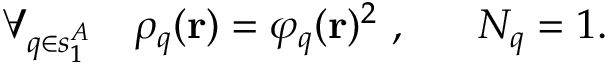
\forall _ { q \in s _ { 1 } ^ { A } } \ \ \ \rho _ { q } ( \mathbf { r } ) = \varphi _ { q } ( \mathbf { r } ) ^ { 2 } \ , \ \ \ \ \ N _ { q } = 1 .